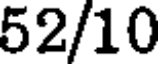
52/10